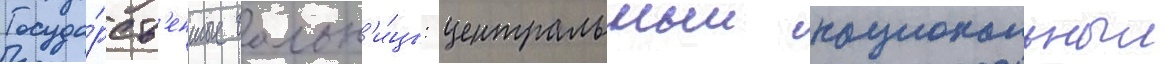
Госуда́рств'енные больн'и́цы: центральныи национальныи